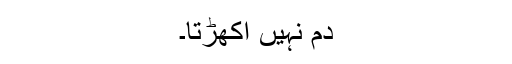
دم نہیں اُکھڑتا۔